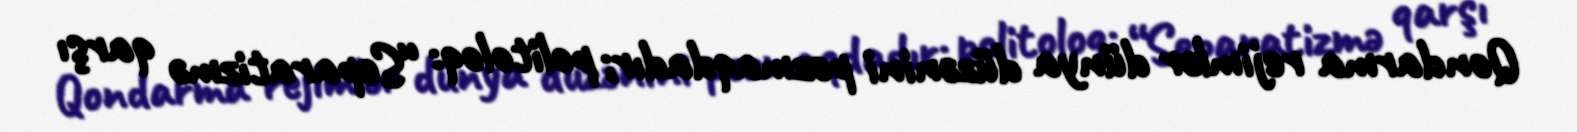
Qondarma rejimlər dünya düzənini pozmaqdadır; politoloq: “Separatizmə qarşı